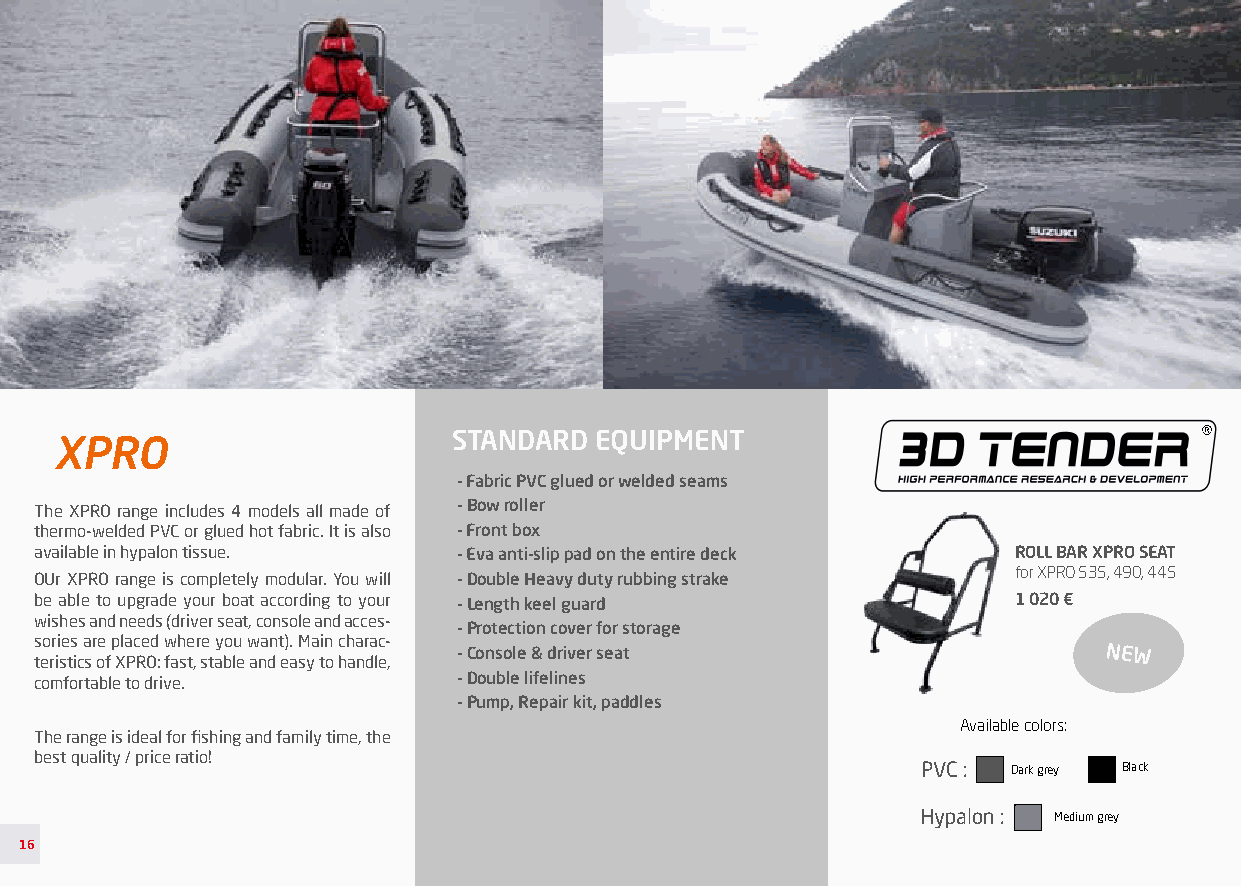
XPRO                      STANDARD EQUIPMENT                                ®
 - Fabric PVC glued or welded seams
 The XPRO range includes 4 models all made of - Bow roller
 thermo-welded PVC or glued hot fabric. It is also - Front box
 available in hypalon tissue. - Eva anti-slip pad on the entire deck ROLL BAR XPRO SEAT
 for XPRO 535, 490, 445
 OUr XPRO range is completely modular. You will - Double Heavy duty rubbing strake
 be able to upgrade your boat according to your - Length keel guard 1 020 €
 wishes and needs (driver seat, console and acces-
 - Protection cover for storage
 sories are placed where you want). Main charac-
 - Console & driver seat                    NEW
 teristics of XPRO: fast, stable and easy to handle,
 comfortable to drive.       - Double lifelines
 - Pump, Repair kit, paddles
 Available colors:
 The range is ideal for fishing and family time, the
 best quality / price ratio!
 PVC : Dark grey Black
 Hypalon : Medium grey
 16